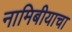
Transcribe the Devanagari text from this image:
नामिबीयाचा